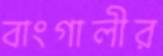
বাংগালীর